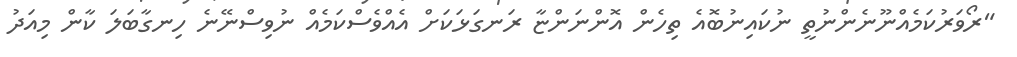
"ރޯވަރުކަމެއްނޫނެންނުތީ ނުކައިނުބޮއެ ތިހެން އޮންނަންޏާ ރަނގަޅަކަށް އެއްވެސްކަމެއް ނުވިސްނޭނެ ހިނގާބަލަ ކާން މިއަދު